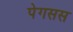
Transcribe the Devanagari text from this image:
पेगसस